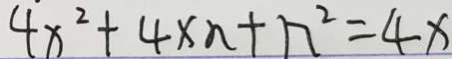
4 x ^ { 2 } + 4 x n + n ^ { 2 } = 4 x